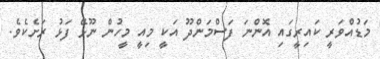
މަޑުއްވަރީ ކައިރީގައި އޮންނަ ފަސްމަންދޫ އަކީ މިއީ މީހުން ނޫޅޭ ފަޅު ރަށެކެވެ.